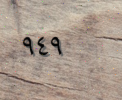
٩٤٩